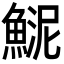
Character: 𩸦